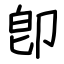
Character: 卽